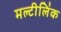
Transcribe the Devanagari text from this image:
मल्टीलिंक